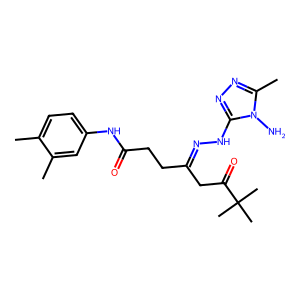
SMILES: Cc1ccc(NC(=O)CCC(CC(=O)C(C)(C)C)=NNc2nnc(C)n2N)cc1C
Inhibits HIV replication: No